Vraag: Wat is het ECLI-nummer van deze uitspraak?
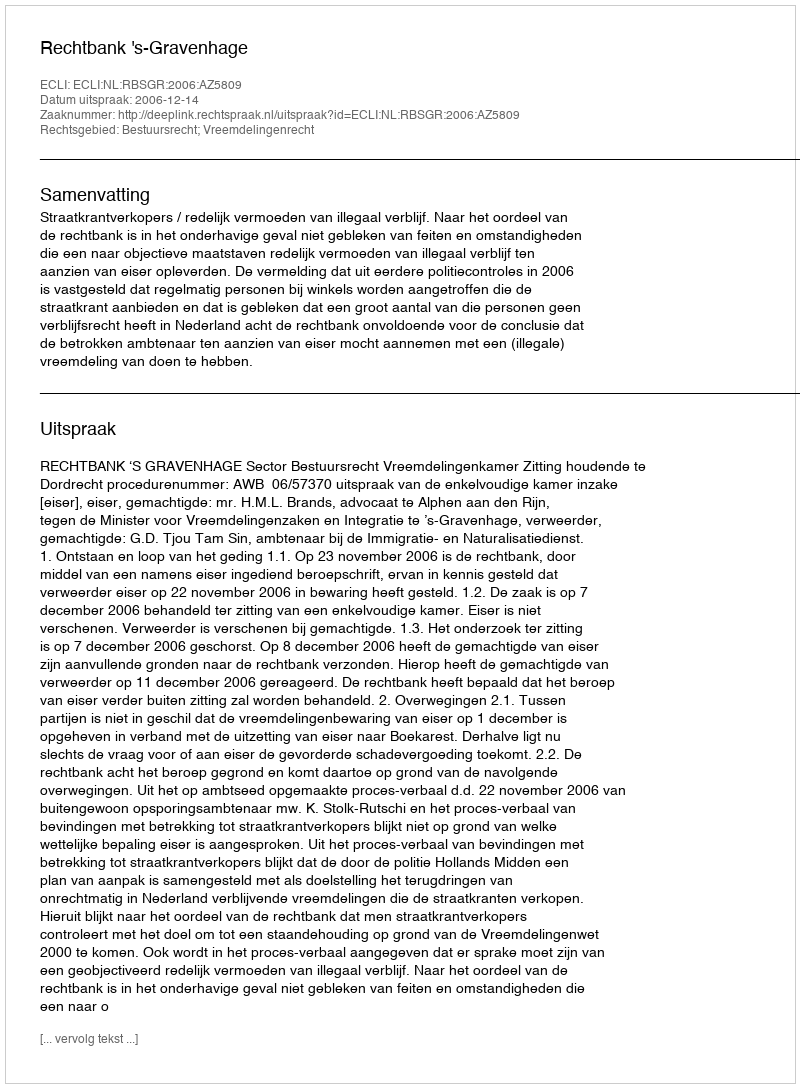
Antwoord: ECLI:NL:RBSGR:2006:AZ5809